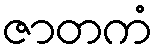
ဇာတကံ